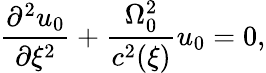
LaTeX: \frac{\partial^{2}u_{0}}{\partial\xi^{2}}+\frac{\Omega_{0}^{2}}{c^{2}(\xi)}u_{0}=0,